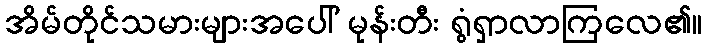
အိမ်တိုင်သမားများအပေါ် မုန်းတီး ရွံရှာလာကြလေ၏။